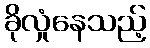
ခိုလှုံနေသည့်